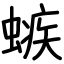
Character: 螏